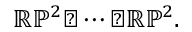
\mathbb { R P } ^ { 2 } \sharp \cdots \sharp \mathbb { R P } ^ { 2 } .